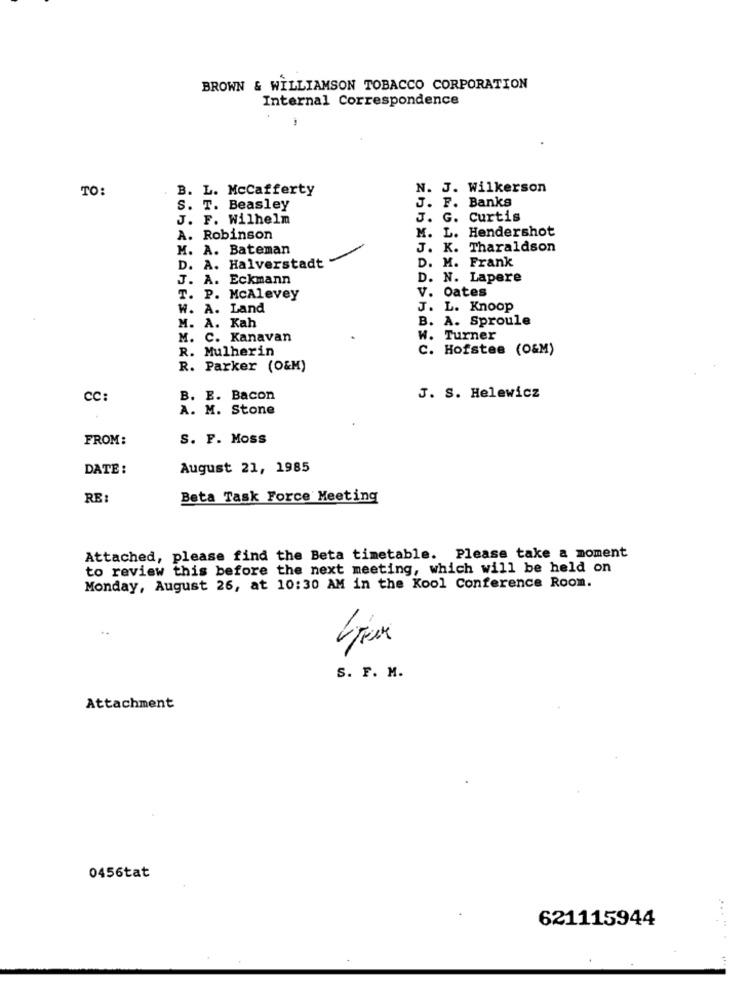
BROWN & WILLIAMSON TOBACCO CORPORATION
Internal Correspondence
TO:
. B. L. Mccafferty
N. J. Wilkerson
S.
T. Beasley
J. F. Banks
J. F. Wilhelm
J. G. Curtis
M. L. Hendershot
A. Robinson
M. A. Bateman
J. K. Tharaldson
D. M. Frank
D .
A. Halverstadt
J. A. Eckmann
D. N. Lapere
V. Oates
T. P. McAlevey
W. A. Land
J. L. Knoop
B. A. Sproule
M. A. Kah
M. C. Kanavan
W. Turner
R. Mulherin
C. Hofstee (O&M)
R. Parker (O&M)
cc
B. E. Bacon
J. S. Helewicz
A. M. Stone
FROM:
S. F. Moss
DATE:
August 21, 1985
RE:
Beta Task Force Meeting
Attached, please find the Beta timetable. Please take a moment
to review this before the next meeting, which will be held on
Monday, August 26, at 10:30 AM in the Kool Conference Room.
S. F. M.
Attachment
0456tat
621115944